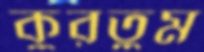
কুরতুম